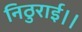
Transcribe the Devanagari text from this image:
निठुराई।।